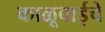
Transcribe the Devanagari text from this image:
काळूबाईचे